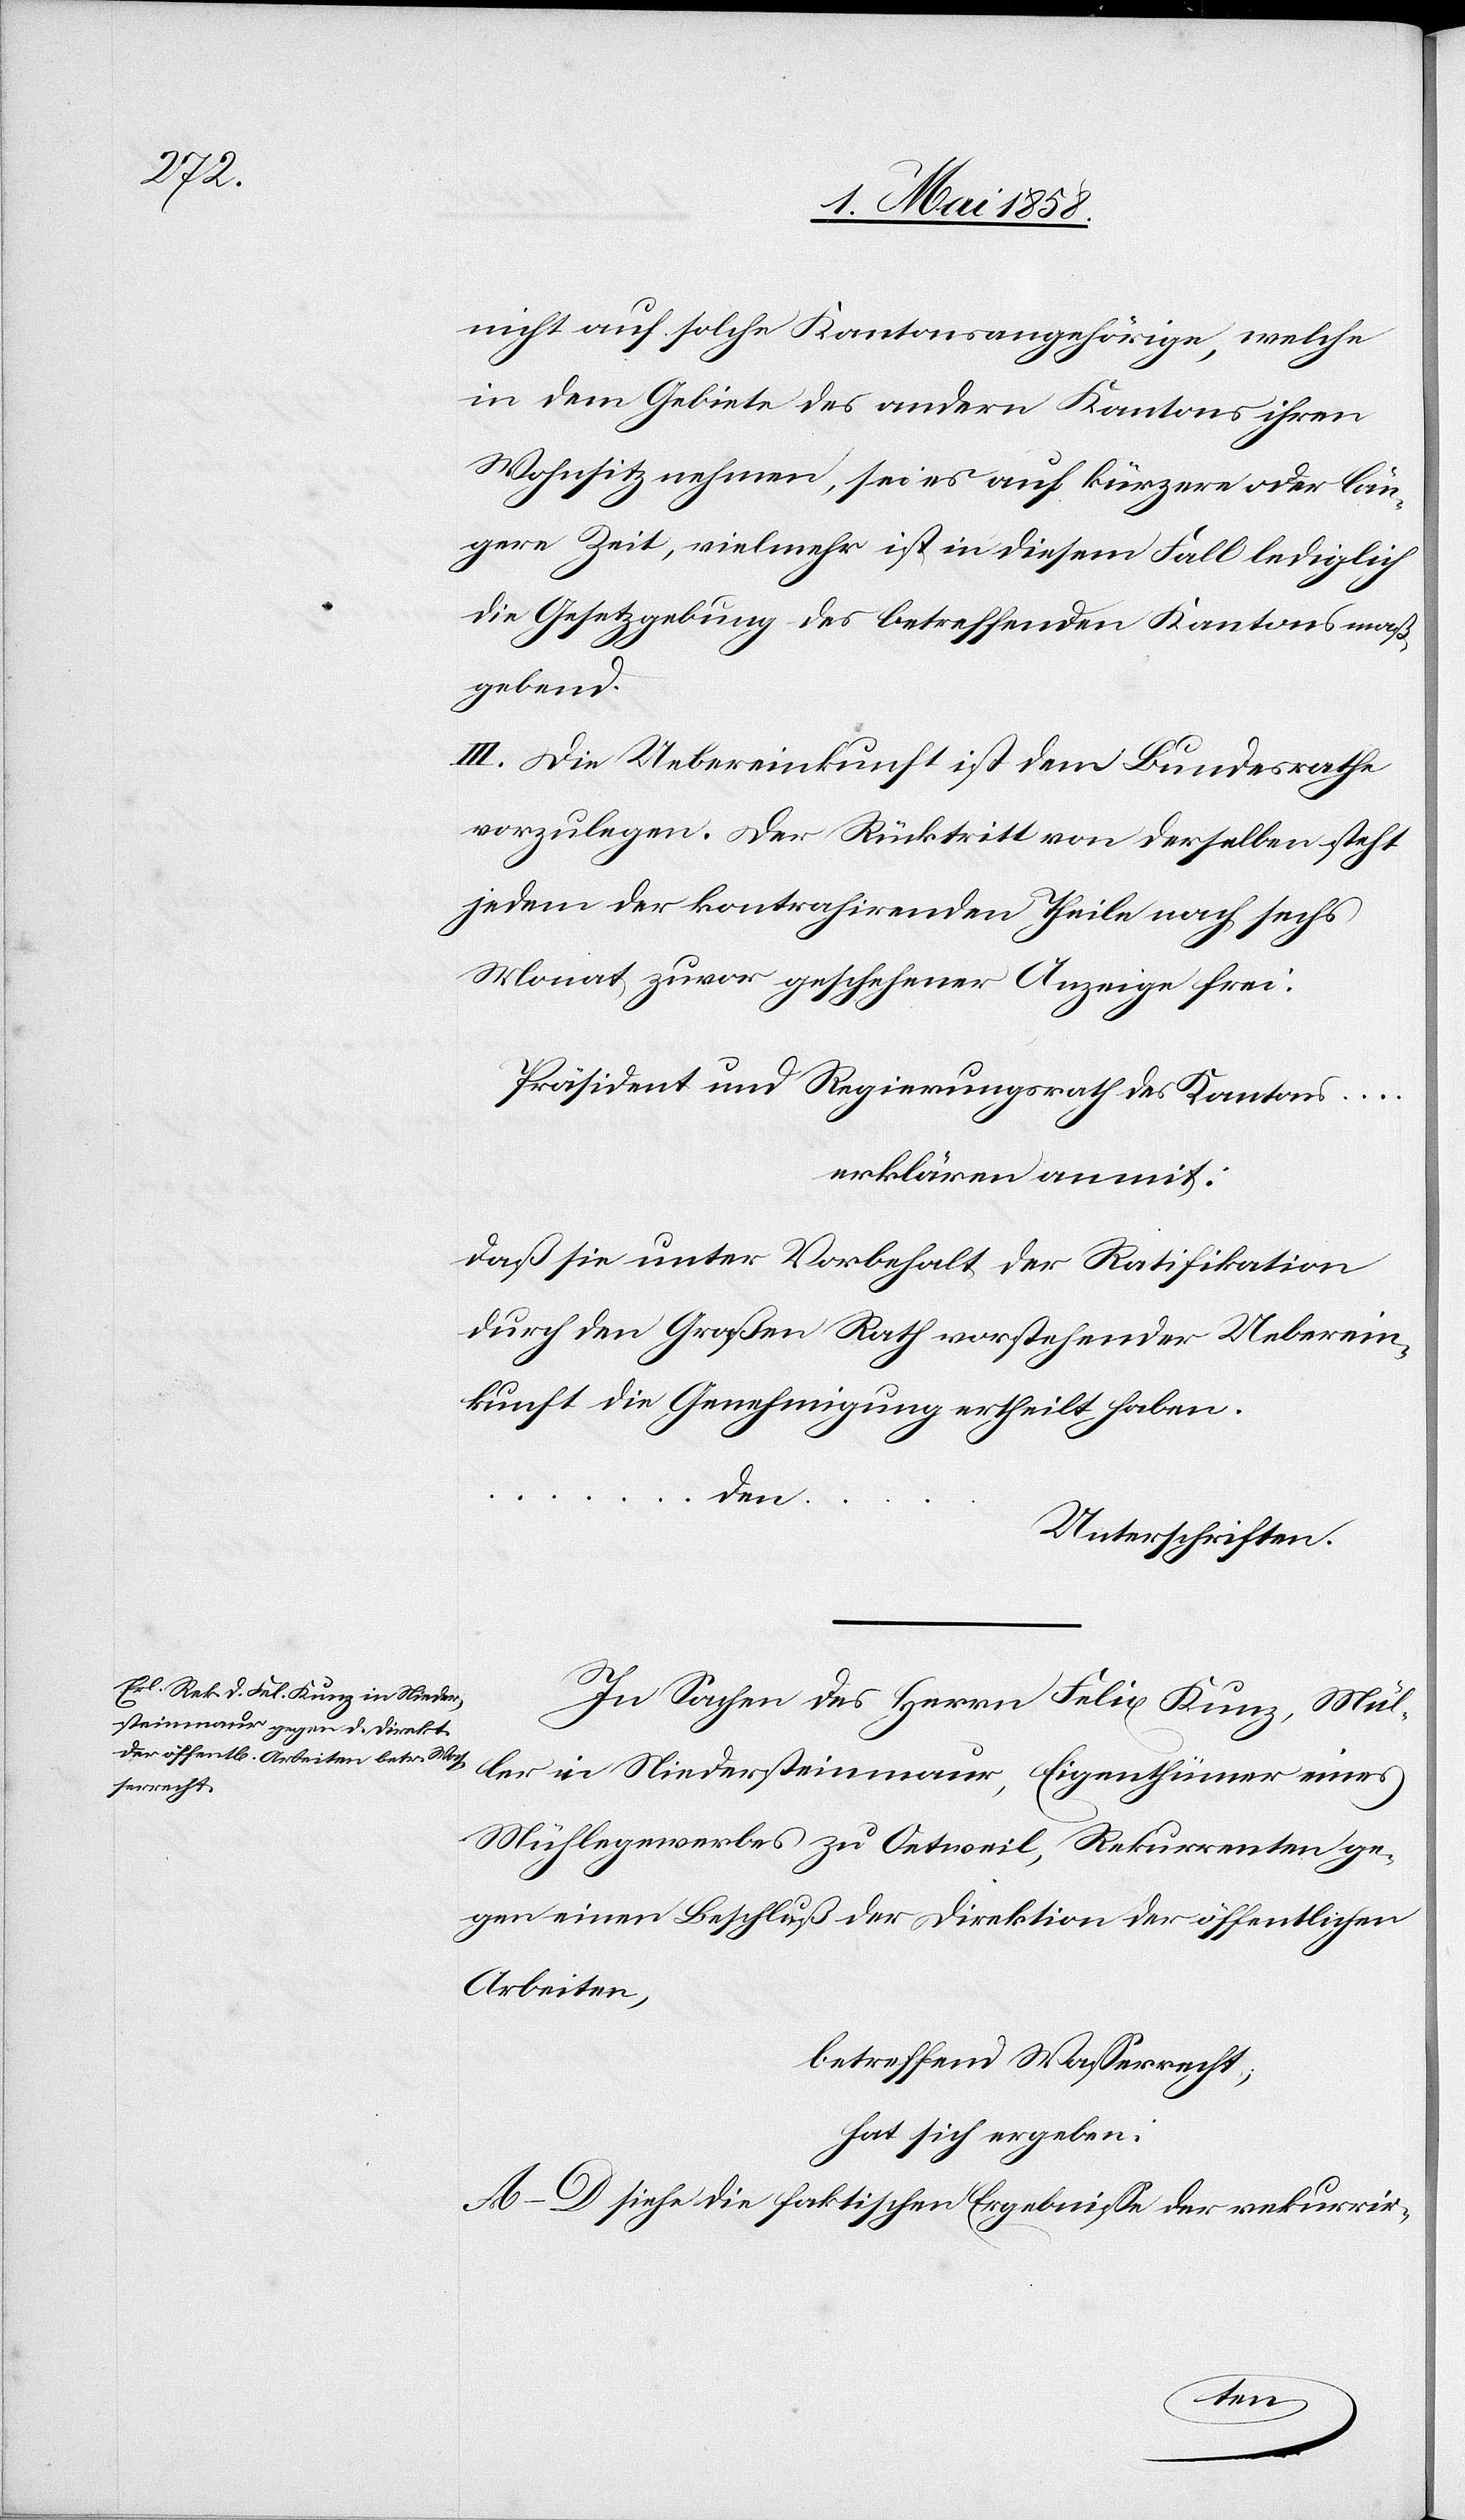
nicht auf solche Kantonsangehörige, welche
in dem Gebiete des andern Kantons ihren
Wohnsitz nehmen, sei es auf kürzere oder län¬
gere Zeit, vielmehr ist in diesem Fall lediglich
die Gesetzgebung des betreffenden Kantons maß¬
gebend.
III. Die Uebereinkunft ist dem Bundesrathe
vorzulegen. Der Rücktritt von derselben steht
jedem der kontrahirenden Theile nach sechs
Monat zuvor geschehener Anzeige frei.
Präsident und Regierungsrath des Kantons …
erklären anmit:
daß sie unter Vorbehalt der Ratifikation
durch den Großen Rath vorstehender Ueberein¬
kunft die Genehmigung ertheilt haben.
…
den …
Unterschriften.
In Sachen des Herrn Felix Kunz, Mül¬
ler in Niedersteinmaur, Eigenthümer eines
Mühlegewerbes zu Oetweil, Rekurrenten ge¬
gen einen Beschluß der Direktion der öffentlichen
Arbeiten,
betreffend Wasserrecht,
hat sich ergeben:
A–D siehe die faktischen Ergebnisse der rekurrir-